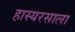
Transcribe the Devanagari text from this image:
हास्यरसाला